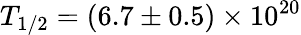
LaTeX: T_{1/2}=(6.7\pm 0.5)\times 10^{20}